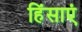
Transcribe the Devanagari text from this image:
हिंसाएं